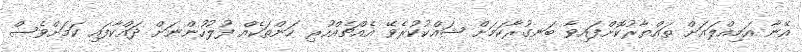
އޭނާ އަމިއްލައަށް ތައްޔާރުކޮށްފައިވާ ބަނގުރާކަމަށް ޝައްކުކުރެވޭ އެއްޗެއްހުރި ހަންތަކެއް ފުލުހުންނަށް ދައްކާފައި ކަމަށްވެސް